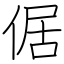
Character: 倨